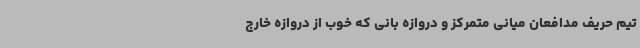
تیم حریف مدافعان میانی متمرکز و دروازه بانی که خوب از دروازه خارج